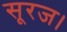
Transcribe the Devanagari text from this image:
सूरज।